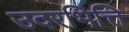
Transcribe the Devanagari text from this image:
उदरभित्ति